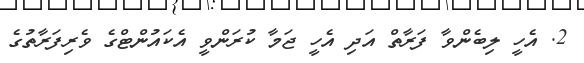
2. އެހީ ލިބެންވާ ފަރާތް އަދި އެހީ ޖަމާ ކުރަންވީ އެކައުންޓްގެ ވެރިފަރާތުގެ